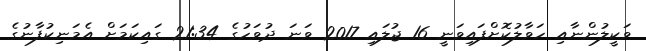
ވަކީލުންނާއި ހަވާލުކޮށްފައިވަނީ 16 ޖުލައި 2017 ވަނަ ދުވަހުގެ 21:34 ގައިކަމަށް އެމަނިކުފާނުގެ